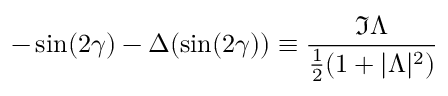
- \sin ( 2 \gamma ) - \Delta ( \sin ( 2 \gamma ) ) \equiv { \frac { \Im \Lambda } { { \frac { 1 } { 2 } } ( 1 + | \Lambda | ^ { 2 } ) } }